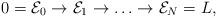
LaTeX: \begin{align*} 0=\mathcal{E}_0 \to \mathcal{E}_1\to \ldots \to \mathcal{E}_N=L, \end{align*}